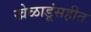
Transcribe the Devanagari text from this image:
खेळाडूंसहीत